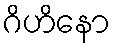
ဂိဟိနော